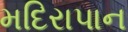
મદિરાપાન